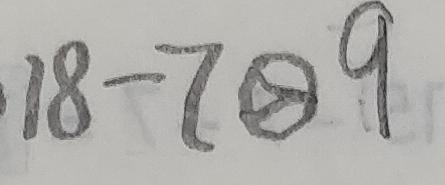
1 8 - 7 \textcircled { > } 9